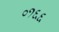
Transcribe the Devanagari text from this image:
०१६६